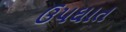
ઉપઘાત